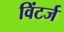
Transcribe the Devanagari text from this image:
विंटर्ज